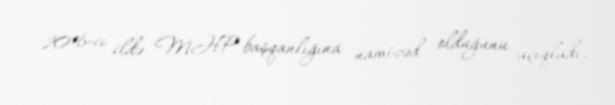
2016-cı ildə MHP başqanlığına namizəd olduğunu açıqladı.